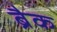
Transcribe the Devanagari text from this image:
ब्रैक